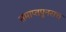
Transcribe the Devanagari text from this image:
समाप्तपुनरात्त